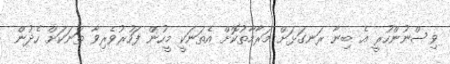
ވިސްނުންހުރީ އެ ބިނާ ރަނގަޅަށް މަރާމާތުކޮށް އެތަނަކީ މީހުން ފަހުރުވެރިވާ ތަނަކަށް ހެދުން